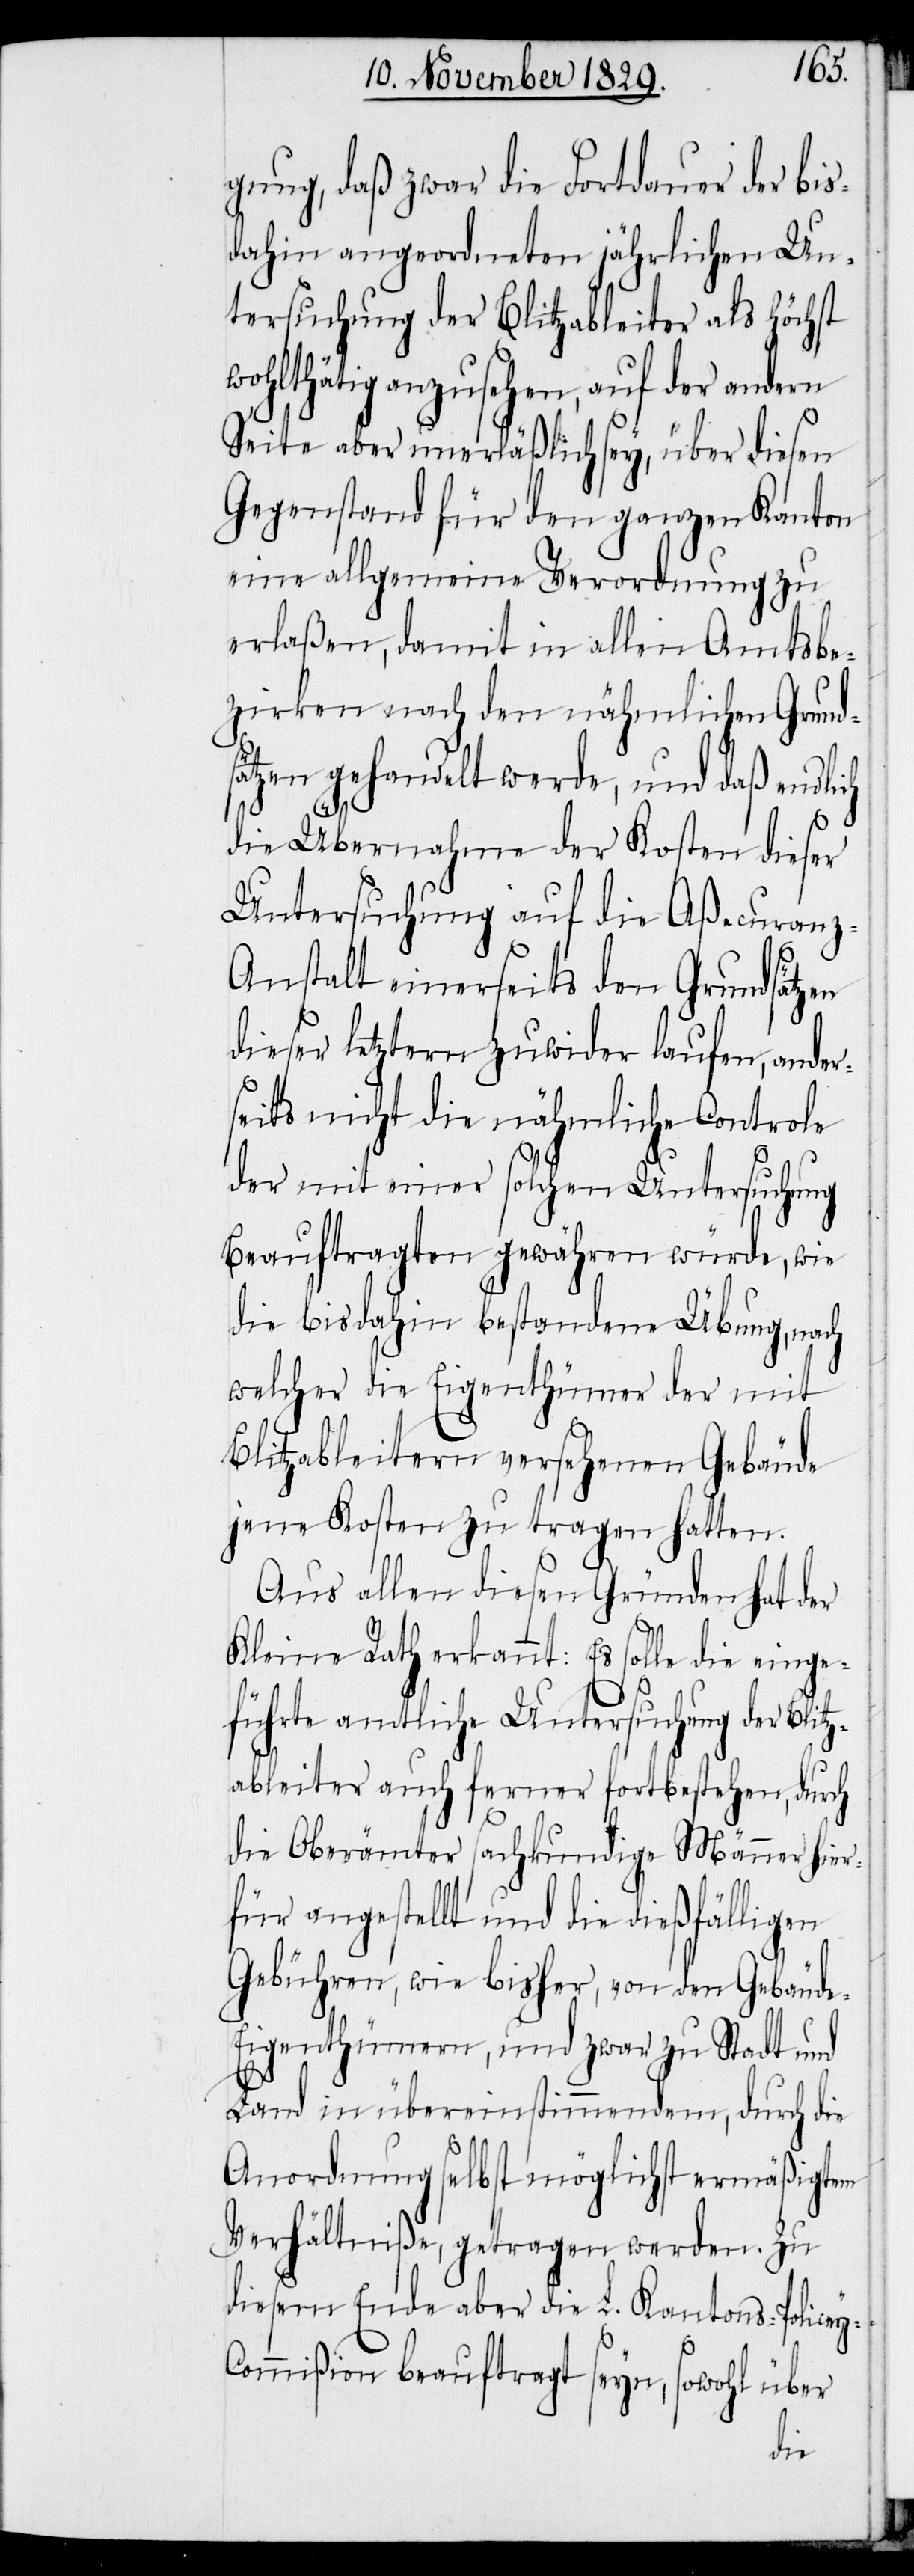
y-C¬
gung, daß zwar die Fortdauer der bis¬
dahin angeordneten jährlichen Un¬
tersuchung der Blitzableiter als höchst
wohlthätig anzusehen, auf der andern
Seite aber unerläßlich sey, über diesen
Gegenstand für den ganzen Kanton
eine allgemeine Verordnung zu
erlaßen, damit in allen Amtsbe¬
zirken nach den nähmlichen Grund¬
sätzen gehandelt werde, und daß endlich
die Übernahme der Kosten dieser
Untersuchung auf die Aßecuran¬
z-Anstalt einerseits den Grundsätzen
dieser letztern zuwider laufen, ander¬
seits nicht die nähmliche Controle
der mit einer solchen Untersuchung
Beauftragten gewähren würde, wie
die bisdahin bestandene Übung, nach
welcher die Eigenthümer der mit
Blitzableitern versehenen Gebäude
jene Kosten zu tragen hatten.
Aus allen diesen Gründen hat der
Kleine Rath erkannt: Es solle die einge¬
führte amtliche Untersuchung der Blitz¬
ableiter auch ferner fortbestehen, durch
die Oberämter sachkundige Männer hier¬
für angestellt und die dießfälligen
Gebühren, wie bisher, von den Gebäud¬
e-Eigenthümmern, und zwar zu Stadt und
Land in übereinstimmendem, durch die
Anordnung selbst möglichst ermäßigtem
Verhältniße, getragen werden. Zu
diesem Ende aber die L. Kantons-Police¬
ommißion beauftragt seyn, sowohl über